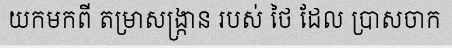
យកមកពី តម្រាសង្ក្រាន របស់ ថៃ ដែល ប្រាសចាក